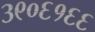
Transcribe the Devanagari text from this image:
३९०६१६६